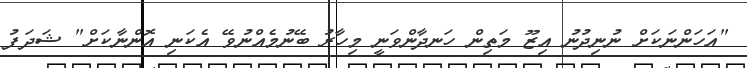
"އަހަންނަކަށް ނުނިދުނު އިޒޫ މަތިން ހަނދާންވަނީ މިހާރު ބޭނުމެއްނުވޭ އެކަނި އޮންނާކަށް" ޝަދަފު